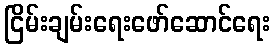
ငြိမ်းချမ်းရေးဖော်ဆောင်ရေး